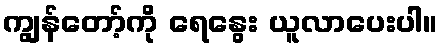
ကျွန်တော့်ကို ရေနွေး ယူလာပေးပါ။